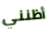
أظنني